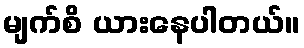
မျက်စိ ယားနေပါတယ်။